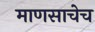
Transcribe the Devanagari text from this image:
माणसाचेच